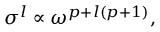
\sigma ^ { l } \propto \omega ^ { p + l ( p + 1 ) } ,